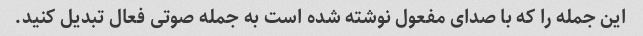
این جمله را که با صدای مفعول نوشته شده است به جمله صوتی فعال تبدیل کنید.